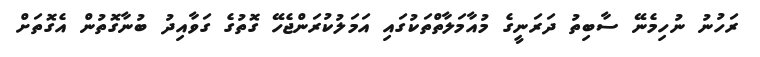
ރަހުނު ނުހިމެނޭ ސާބިތު ދަރަނީގެ މުއާމަލާތްތަކުގައި އަމަލުކުރަންޖެހޭ ގޮތުގެ ގަވާއިދު ބުނާގޮތުން އެގޮތަށް